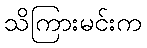
သိကြားမင်းက